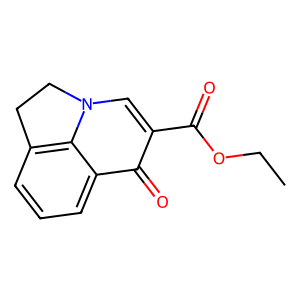
SMILES: CCOC(=O)c1cn2c3c(cccc3c1=O)CC2
Inhibits HIV replication: No